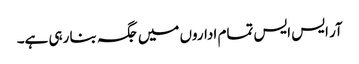
آر ایس ایس تمام اداروں میں جگہ بنا رہی ہے۔